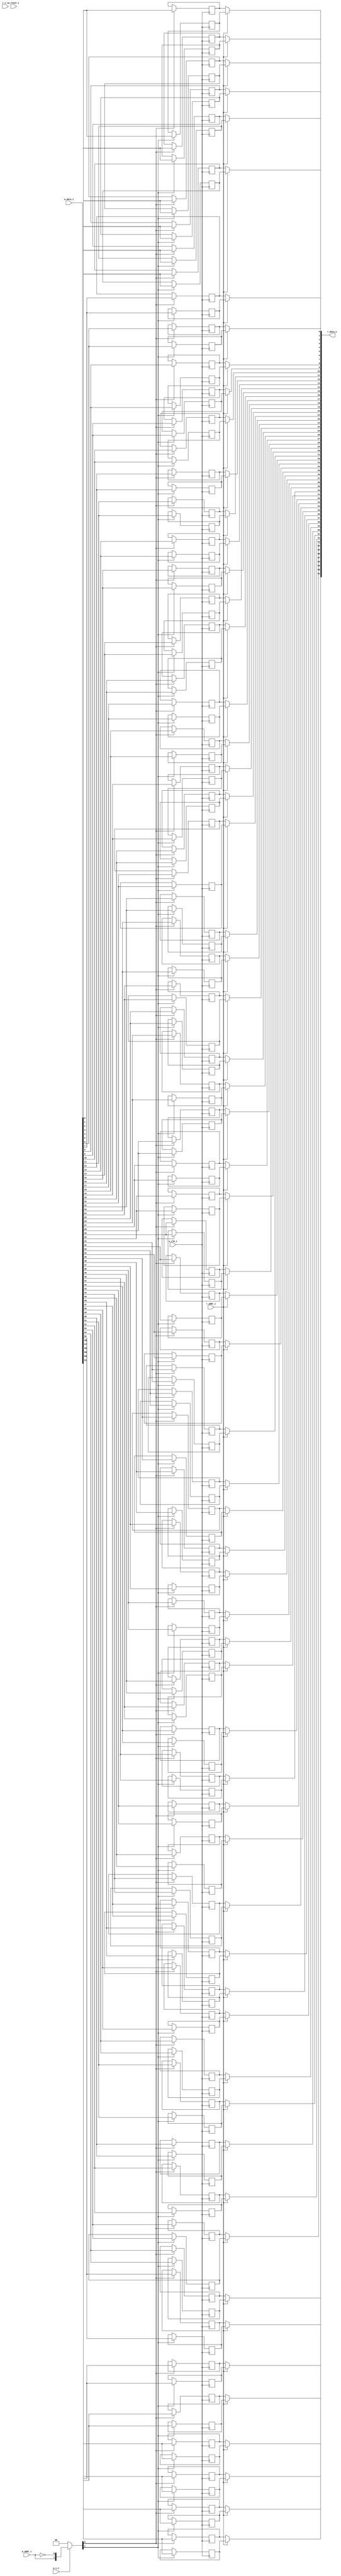
module bsg_mem_1r1w_synth_width_p62_els_p2_read_write_same_addr_p1_harden_p0
(
  w_clk_i,
  w_reset_i,
  w_v_i,
  w_addr_i,
  w_data_i,
  r_v_i,
  r_addr_i,
  r_data_o
);

  input [0:0] w_addr_i;
  input [61:0] w_data_i;
  input [0:0] r_addr_i;
  output [61:0] r_data_o;
  input w_clk_i;
  input w_reset_i;
  input w_v_i;
  input r_v_i;
  wire [61:0] r_data_o;
  wire N0,N1,N2,N3,N4,N5,N7,N8;
  wire [123:0] mem;
  reg mem_123_sv2v_reg,mem_122_sv2v_reg,mem_121_sv2v_reg,mem_120_sv2v_reg,
  mem_119_sv2v_reg,mem_118_sv2v_reg,mem_117_sv2v_reg,mem_116_sv2v_reg,mem_115_sv2v_reg,
  mem_114_sv2v_reg,mem_113_sv2v_reg,mem_112_sv2v_reg,mem_111_sv2v_reg,mem_110_sv2v_reg,
  mem_109_sv2v_reg,mem_108_sv2v_reg,mem_107_sv2v_reg,mem_106_sv2v_reg,
  mem_105_sv2v_reg,mem_104_sv2v_reg,mem_103_sv2v_reg,mem_102_sv2v_reg,mem_101_sv2v_reg,
  mem_100_sv2v_reg,mem_99_sv2v_reg,mem_98_sv2v_reg,mem_97_sv2v_reg,mem_96_sv2v_reg,
  mem_95_sv2v_reg,mem_94_sv2v_reg,mem_93_sv2v_reg,mem_92_sv2v_reg,mem_91_sv2v_reg,
  mem_90_sv2v_reg,mem_89_sv2v_reg,mem_88_sv2v_reg,mem_87_sv2v_reg,mem_86_sv2v_reg,
  mem_85_sv2v_reg,mem_84_sv2v_reg,mem_83_sv2v_reg,mem_82_sv2v_reg,mem_81_sv2v_reg,
  mem_80_sv2v_reg,mem_79_sv2v_reg,mem_78_sv2v_reg,mem_77_sv2v_reg,mem_76_sv2v_reg,
  mem_75_sv2v_reg,mem_74_sv2v_reg,mem_73_sv2v_reg,mem_72_sv2v_reg,mem_71_sv2v_reg,
  mem_70_sv2v_reg,mem_69_sv2v_reg,mem_68_sv2v_reg,mem_67_sv2v_reg,mem_66_sv2v_reg,
  mem_65_sv2v_reg,mem_64_sv2v_reg,mem_63_sv2v_reg,mem_62_sv2v_reg,mem_61_sv2v_reg,
  mem_60_sv2v_reg,mem_59_sv2v_reg,mem_58_sv2v_reg,mem_57_sv2v_reg,mem_56_sv2v_reg,
  mem_55_sv2v_reg,mem_54_sv2v_reg,mem_53_sv2v_reg,mem_52_sv2v_reg,mem_51_sv2v_reg,
  mem_50_sv2v_reg,mem_49_sv2v_reg,mem_48_sv2v_reg,mem_47_sv2v_reg,mem_46_sv2v_reg,
  mem_45_sv2v_reg,mem_44_sv2v_reg,mem_43_sv2v_reg,mem_42_sv2v_reg,mem_41_sv2v_reg,
  mem_40_sv2v_reg,mem_39_sv2v_reg,mem_38_sv2v_reg,mem_37_sv2v_reg,mem_36_sv2v_reg,
  mem_35_sv2v_reg,mem_34_sv2v_reg,mem_33_sv2v_reg,mem_32_sv2v_reg,mem_31_sv2v_reg,
  mem_30_sv2v_reg,mem_29_sv2v_reg,mem_28_sv2v_reg,mem_27_sv2v_reg,mem_26_sv2v_reg,
  mem_25_sv2v_reg,mem_24_sv2v_reg,mem_23_sv2v_reg,mem_22_sv2v_reg,mem_21_sv2v_reg,
  mem_20_sv2v_reg,mem_19_sv2v_reg,mem_18_sv2v_reg,mem_17_sv2v_reg,mem_16_sv2v_reg,
  mem_15_sv2v_reg,mem_14_sv2v_reg,mem_13_sv2v_reg,mem_12_sv2v_reg,mem_11_sv2v_reg,
  mem_10_sv2v_reg,mem_9_sv2v_reg,mem_8_sv2v_reg,mem_7_sv2v_reg,mem_6_sv2v_reg,
  mem_5_sv2v_reg,mem_4_sv2v_reg,mem_3_sv2v_reg,mem_2_sv2v_reg,mem_1_sv2v_reg,mem_0_sv2v_reg;
  assign mem[123] = mem_123_sv2v_reg;
  assign mem[122] = mem_122_sv2v_reg;
  assign mem[121] = mem_121_sv2v_reg;
  assign mem[120] = mem_120_sv2v_reg;
  assign mem[119] = mem_119_sv2v_reg;
  assign mem[118] = mem_118_sv2v_reg;
  assign mem[117] = mem_117_sv2v_reg;
  assign mem[116] = mem_116_sv2v_reg;
  assign mem[115] = mem_115_sv2v_reg;
  assign mem[114] = mem_114_sv2v_reg;
  assign mem[113] = mem_113_sv2v_reg;
  assign mem[112] = mem_112_sv2v_reg;
  assign mem[111] = mem_111_sv2v_reg;
  assign mem[110] = mem_110_sv2v_reg;
  assign mem[109] = mem_109_sv2v_reg;
  assign mem[108] = mem_108_sv2v_reg;
  assign mem[107] = mem_107_sv2v_reg;
  assign mem[106] = mem_106_sv2v_reg;
  assign mem[105] = mem_105_sv2v_reg;
  assign mem[104] = mem_104_sv2v_reg;
  assign mem[103] = mem_103_sv2v_reg;
  assign mem[102] = mem_102_sv2v_reg;
  assign mem[101] = mem_101_sv2v_reg;
  assign mem[100] = mem_100_sv2v_reg;
  assign mem[99] = mem_99_sv2v_reg;
  assign mem[98] = mem_98_sv2v_reg;
  assign mem[97] = mem_97_sv2v_reg;
  assign mem[96] = mem_96_sv2v_reg;
  assign mem[95] = mem_95_sv2v_reg;
  assign mem[94] = mem_94_sv2v_reg;
  assign mem[93] = mem_93_sv2v_reg;
  assign mem[92] = mem_92_sv2v_reg;
  assign mem[91] = mem_91_sv2v_reg;
  assign mem[90] = mem_90_sv2v_reg;
  assign mem[89] = mem_89_sv2v_reg;
  assign mem[88] = mem_88_sv2v_reg;
  assign mem[87] = mem_87_sv2v_reg;
  assign mem[86] = mem_86_sv2v_reg;
  assign mem[85] = mem_85_sv2v_reg;
  assign mem[84] = mem_84_sv2v_reg;
  assign mem[83] = mem_83_sv2v_reg;
  assign mem[82] = mem_82_sv2v_reg;
  assign mem[81] = mem_81_sv2v_reg;
  assign mem[80] = mem_80_sv2v_reg;
  assign mem[79] = mem_79_sv2v_reg;
  assign mem[78] = mem_78_sv2v_reg;
  assign mem[77] = mem_77_sv2v_reg;
  assign mem[76] = mem_76_sv2v_reg;
  assign mem[75] = mem_75_sv2v_reg;
  assign mem[74] = mem_74_sv2v_reg;
  assign mem[73] = mem_73_sv2v_reg;
  assign mem[72] = mem_72_sv2v_reg;
  assign mem[71] = mem_71_sv2v_reg;
  assign mem[70] = mem_70_sv2v_reg;
  assign mem[69] = mem_69_sv2v_reg;
  assign mem[68] = mem_68_sv2v_reg;
  assign mem[67] = mem_67_sv2v_reg;
  assign mem[66] = mem_66_sv2v_reg;
  assign mem[65] = mem_65_sv2v_reg;
  assign mem[64] = mem_64_sv2v_reg;
  assign mem[63] = mem_63_sv2v_reg;
  assign mem[62] = mem_62_sv2v_reg;
  assign mem[61] = mem_61_sv2v_reg;
  assign mem[60] = mem_60_sv2v_reg;
  assign mem[59] = mem_59_sv2v_reg;
  assign mem[58] = mem_58_sv2v_reg;
  assign mem[57] = mem_57_sv2v_reg;
  assign mem[56] = mem_56_sv2v_reg;
  assign mem[55] = mem_55_sv2v_reg;
  assign mem[54] = mem_54_sv2v_reg;
  assign mem[53] = mem_53_sv2v_reg;
  assign mem[52] = mem_52_sv2v_reg;
  assign mem[51] = mem_51_sv2v_reg;
  assign mem[50] = mem_50_sv2v_reg;
  assign mem[49] = mem_49_sv2v_reg;
  assign mem[48] = mem_48_sv2v_reg;
  assign mem[47] = mem_47_sv2v_reg;
  assign mem[46] = mem_46_sv2v_reg;
  assign mem[45] = mem_45_sv2v_reg;
  assign mem[44] = mem_44_sv2v_reg;
  assign mem[43] = mem_43_sv2v_reg;
  assign mem[42] = mem_42_sv2v_reg;
  assign mem[41] = mem_41_sv2v_reg;
  assign mem[40] = mem_40_sv2v_reg;
  assign mem[39] = mem_39_sv2v_reg;
  assign mem[38] = mem_38_sv2v_reg;
  assign mem[37] = mem_37_sv2v_reg;
  assign mem[36] = mem_36_sv2v_reg;
  assign mem[35] = mem_35_sv2v_reg;
  assign mem[34] = mem_34_sv2v_reg;
  assign mem[33] = mem_33_sv2v_reg;
  assign mem[32] = mem_32_sv2v_reg;
  assign mem[31] = mem_31_sv2v_reg;
  assign mem[30] = mem_30_sv2v_reg;
  assign mem[29] = mem_29_sv2v_reg;
  assign mem[28] = mem_28_sv2v_reg;
  assign mem[27] = mem_27_sv2v_reg;
  assign mem[26] = mem_26_sv2v_reg;
  assign mem[25] = mem_25_sv2v_reg;
  assign mem[24] = mem_24_sv2v_reg;
  assign mem[23] = mem_23_sv2v_reg;
  assign mem[22] = mem_22_sv2v_reg;
  assign mem[21] = mem_21_sv2v_reg;
  assign mem[20] = mem_20_sv2v_reg;
  assign mem[19] = mem_19_sv2v_reg;
  assign mem[18] = mem_18_sv2v_reg;
  assign mem[17] = mem_17_sv2v_reg;
  assign mem[16] = mem_16_sv2v_reg;
  assign mem[15] = mem_15_sv2v_reg;
  assign mem[14] = mem_14_sv2v_reg;
  assign mem[13] = mem_13_sv2v_reg;
  assign mem[12] = mem_12_sv2v_reg;
  assign mem[11] = mem_11_sv2v_reg;
  assign mem[10] = mem_10_sv2v_reg;
  assign mem[9] = mem_9_sv2v_reg;
  assign mem[8] = mem_8_sv2v_reg;
  assign mem[7] = mem_7_sv2v_reg;
  assign mem[6] = mem_6_sv2v_reg;
  assign mem[5] = mem_5_sv2v_reg;
  assign mem[4] = mem_4_sv2v_reg;
  assign mem[3] = mem_3_sv2v_reg;
  assign mem[2] = mem_2_sv2v_reg;
  assign mem[1] = mem_1_sv2v_reg;
  assign mem[0] = mem_0_sv2v_reg;
  assign r_data_o[61] = (N3)? mem[61] : 
                        (N0)? mem[123] : 1'b0;
  assign N0 = r_addr_i[0];
  assign r_data_o[60] = (N3)? mem[60] : 
                        (N0)? mem[122] : 1'b0;
  assign r_data_o[59] = (N3)? mem[59] : 
                        (N0)? mem[121] : 1'b0;
  assign r_data_o[58] = (N3)? mem[58] : 
                        (N0)? mem[120] : 1'b0;
  assign r_data_o[57] = (N3)? mem[57] : 
                        (N0)? mem[119] : 1'b0;
  assign r_data_o[56] = (N3)? mem[56] : 
                        (N0)? mem[118] : 1'b0;
  assign r_data_o[55] = (N3)? mem[55] : 
                        (N0)? mem[117] : 1'b0;
  assign r_data_o[54] = (N3)? mem[54] : 
                        (N0)? mem[116] : 1'b0;
  assign r_data_o[53] = (N3)? mem[53] : 
                        (N0)? mem[115] : 1'b0;
  assign r_data_o[52] = (N3)? mem[52] : 
                        (N0)? mem[114] : 1'b0;
  assign r_data_o[51] = (N3)? mem[51] : 
                        (N0)? mem[113] : 1'b0;
  assign r_data_o[50] = (N3)? mem[50] : 
                        (N0)? mem[112] : 1'b0;
  assign r_data_o[49] = (N3)? mem[49] : 
                        (N0)? mem[111] : 1'b0;
  assign r_data_o[48] = (N3)? mem[48] : 
                        (N0)? mem[110] : 1'b0;
  assign r_data_o[47] = (N3)? mem[47] : 
                        (N0)? mem[109] : 1'b0;
  assign r_data_o[46] = (N3)? mem[46] : 
                        (N0)? mem[108] : 1'b0;
  assign r_data_o[45] = (N3)? mem[45] : 
                        (N0)? mem[107] : 1'b0;
  assign r_data_o[44] = (N3)? mem[44] : 
                        (N0)? mem[106] : 1'b0;
  assign r_data_o[43] = (N3)? mem[43] : 
                        (N0)? mem[105] : 1'b0;
  assign r_data_o[42] = (N3)? mem[42] : 
                        (N0)? mem[104] : 1'b0;
  assign r_data_o[41] = (N3)? mem[41] : 
                        (N0)? mem[103] : 1'b0;
  assign r_data_o[40] = (N3)? mem[40] : 
                        (N0)? mem[102] : 1'b0;
  assign r_data_o[39] = (N3)? mem[39] : 
                        (N0)? mem[101] : 1'b0;
  assign r_data_o[38] = (N3)? mem[38] : 
                        (N0)? mem[100] : 1'b0;
  assign r_data_o[37] = (N3)? mem[37] : 
                        (N0)? mem[99] : 1'b0;
  assign r_data_o[36] = (N3)? mem[36] : 
                        (N0)? mem[98] : 1'b0;
  assign r_data_o[35] = (N3)? mem[35] : 
                        (N0)? mem[97] : 1'b0;
  assign r_data_o[34] = (N3)? mem[34] : 
                        (N0)? mem[96] : 1'b0;
  assign r_data_o[33] = (N3)? mem[33] : 
                        (N0)? mem[95] : 1'b0;
  assign r_data_o[32] = (N3)? mem[32] : 
                        (N0)? mem[94] : 1'b0;
  assign r_data_o[31] = (N3)? mem[31] : 
                        (N0)? mem[93] : 1'b0;
  assign r_data_o[30] = (N3)? mem[30] : 
                        (N0)? mem[92] : 1'b0;
  assign r_data_o[29] = (N3)? mem[29] : 
                        (N0)? mem[91] : 1'b0;
  assign r_data_o[28] = (N3)? mem[28] : 
                        (N0)? mem[90] : 1'b0;
  assign r_data_o[27] = (N3)? mem[27] : 
                        (N0)? mem[89] : 1'b0;
  assign r_data_o[26] = (N3)? mem[26] : 
                        (N0)? mem[88] : 1'b0;
  assign r_data_o[25] = (N3)? mem[25] : 
                        (N0)? mem[87] : 1'b0;
  assign r_data_o[24] = (N3)? mem[24] : 
                        (N0)? mem[86] : 1'b0;
  assign r_data_o[23] = (N3)? mem[23] : 
                        (N0)? mem[85] : 1'b0;
  assign r_data_o[22] = (N3)? mem[22] : 
                        (N0)? mem[84] : 1'b0;
  assign r_data_o[21] = (N3)? mem[21] : 
                        (N0)? mem[83] : 1'b0;
  assign r_data_o[20] = (N3)? mem[20] : 
                        (N0)? mem[82] : 1'b0;
  assign r_data_o[19] = (N3)? mem[19] : 
                        (N0)? mem[81] : 1'b0;
  assign r_data_o[18] = (N3)? mem[18] : 
                        (N0)? mem[80] : 1'b0;
  assign r_data_o[17] = (N3)? mem[17] : 
                        (N0)? mem[79] : 1'b0;
  assign r_data_o[16] = (N3)? mem[16] : 
                        (N0)? mem[78] : 1'b0;
  assign r_data_o[15] = (N3)? mem[15] : 
                        (N0)? mem[77] : 1'b0;
  assign r_data_o[14] = (N3)? mem[14] : 
                        (N0)? mem[76] : 1'b0;
  assign r_data_o[13] = (N3)? mem[13] : 
                        (N0)? mem[75] : 1'b0;
  assign r_data_o[12] = (N3)? mem[12] : 
                        (N0)? mem[74] : 1'b0;
  assign r_data_o[11] = (N3)? mem[11] : 
                        (N0)? mem[73] : 1'b0;
  assign r_data_o[10] = (N3)? mem[10] : 
                        (N0)? mem[72] : 1'b0;
  assign r_data_o[9] = (N3)? mem[9] : 
                       (N0)? mem[71] : 1'b0;
  assign r_data_o[8] = (N3)? mem[8] : 
                       (N0)? mem[70] : 1'b0;
  assign r_data_o[7] = (N3)? mem[7] : 
                       (N0)? mem[69] : 1'b0;
  assign r_data_o[6] = (N3)? mem[6] : 
                       (N0)? mem[68] : 1'b0;
  assign r_data_o[5] = (N3)? mem[5] : 
                       (N0)? mem[67] : 1'b0;
  assign r_data_o[4] = (N3)? mem[4] : 
                       (N0)? mem[66] : 1'b0;
  assign r_data_o[3] = (N3)? mem[3] : 
                       (N0)? mem[65] : 1'b0;
  assign r_data_o[2] = (N3)? mem[2] : 
                       (N0)? mem[64] : 1'b0;
  assign r_data_o[1] = (N3)? mem[1] : 
                       (N0)? mem[63] : 1'b0;
  assign r_data_o[0] = (N3)? mem[0] : 
                       (N0)? mem[62] : 1'b0;

  always @(posedge w_clk_i) begin
    if(N8) begin
      mem_123_sv2v_reg <= w_data_i[61];
    end 
  end


  always @(posedge w_clk_i) begin
    if(N8) begin
      mem_122_sv2v_reg <= w_data_i[60];
    end 
  end


  always @(posedge w_clk_i) begin
    if(N8) begin
      mem_121_sv2v_reg <= w_data_i[59];
    end 
  end


  always @(posedge w_clk_i) begin
    if(N8) begin
      mem_120_sv2v_reg <= w_data_i[58];
    end 
  end


  always @(posedge w_clk_i) begin
    if(N8) begin
      mem_119_sv2v_reg <= w_data_i[57];
    end 
  end


  always @(posedge w_clk_i) begin
    if(N8) begin
      mem_118_sv2v_reg <= w_data_i[56];
    end 
  end


  always @(posedge w_clk_i) begin
    if(N8) begin
      mem_117_sv2v_reg <= w_data_i[55];
    end 
  end


  always @(posedge w_clk_i) begin
    if(N8) begin
      mem_116_sv2v_reg <= w_data_i[54];
    end 
  end


  always @(posedge w_clk_i) begin
    if(N8) begin
      mem_115_sv2v_reg <= w_data_i[53];
    end 
  end


  always @(posedge w_clk_i) begin
    if(N8) begin
      mem_114_sv2v_reg <= w_data_i[52];
    end 
  end


  always @(posedge w_clk_i) begin
    if(N8) begin
      mem_113_sv2v_reg <= w_data_i[51];
    end 
  end


  always @(posedge w_clk_i) begin
    if(N8) begin
      mem_112_sv2v_reg <= w_data_i[50];
    end 
  end


  always @(posedge w_clk_i) begin
    if(N8) begin
      mem_111_sv2v_reg <= w_data_i[49];
    end 
  end


  always @(posedge w_clk_i) begin
    if(N8) begin
      mem_110_sv2v_reg <= w_data_i[48];
    end 
  end


  always @(posedge w_clk_i) begin
    if(N8) begin
      mem_109_sv2v_reg <= w_data_i[47];
    end 
  end


  always @(posedge w_clk_i) begin
    if(N8) begin
      mem_108_sv2v_reg <= w_data_i[46];
    end 
  end


  always @(posedge w_clk_i) begin
    if(N8) begin
      mem_107_sv2v_reg <= w_data_i[45];
    end 
  end


  always @(posedge w_clk_i) begin
    if(N8) begin
      mem_106_sv2v_reg <= w_data_i[44];
    end 
  end


  always @(posedge w_clk_i) begin
    if(N8) begin
      mem_105_sv2v_reg <= w_data_i[43];
    end 
  end


  always @(posedge w_clk_i) begin
    if(N8) begin
      mem_104_sv2v_reg <= w_data_i[42];
    end 
  end


  always @(posedge w_clk_i) begin
    if(N8) begin
      mem_103_sv2v_reg <= w_data_i[41];
    end 
  end


  always @(posedge w_clk_i) begin
    if(N8) begin
      mem_102_sv2v_reg <= w_data_i[40];
    end 
  end


  always @(posedge w_clk_i) begin
    if(N8) begin
      mem_101_sv2v_reg <= w_data_i[39];
    end 
  end


  always @(posedge w_clk_i) begin
    if(N8) begin
      mem_100_sv2v_reg <= w_data_i[38];
    end 
  end


  always @(posedge w_clk_i) begin
    if(N8) begin
      mem_99_sv2v_reg <= w_data_i[37];
    end 
  end


  always @(posedge w_clk_i) begin
    if(N8) begin
      mem_98_sv2v_reg <= w_data_i[36];
    end 
  end


  always @(posedge w_clk_i) begin
    if(N8) begin
      mem_97_sv2v_reg <= w_data_i[35];
    end 
  end


  always @(posedge w_clk_i) begin
    if(N8) begin
      mem_96_sv2v_reg <= w_data_i[34];
    end 
  end


  always @(posedge w_clk_i) begin
    if(N8) begin
      mem_95_sv2v_reg <= w_data_i[33];
    end 
  end


  always @(posedge w_clk_i) begin
    if(N8) begin
      mem_94_sv2v_reg <= w_data_i[32];
    end 
  end


  always @(posedge w_clk_i) begin
    if(N8) begin
      mem_93_sv2v_reg <= w_data_i[31];
    end 
  end


  always @(posedge w_clk_i) begin
    if(N8) begin
      mem_92_sv2v_reg <= w_data_i[30];
    end 
  end


  always @(posedge w_clk_i) begin
    if(N8) begin
      mem_91_sv2v_reg <= w_data_i[29];
    end 
  end


  always @(posedge w_clk_i) begin
    if(N8) begin
      mem_90_sv2v_reg <= w_data_i[28];
    end 
  end


  always @(posedge w_clk_i) begin
    if(N8) begin
      mem_89_sv2v_reg <= w_data_i[27];
    end 
  end


  always @(posedge w_clk_i) begin
    if(N8) begin
      mem_88_sv2v_reg <= w_data_i[26];
    end 
  end


  always @(posedge w_clk_i) begin
    if(N8) begin
      mem_87_sv2v_reg <= w_data_i[25];
    end 
  end


  always @(posedge w_clk_i) begin
    if(N8) begin
      mem_86_sv2v_reg <= w_data_i[24];
    end 
  end


  always @(posedge w_clk_i) begin
    if(N8) begin
      mem_85_sv2v_reg <= w_data_i[23];
    end 
  end


  always @(posedge w_clk_i) begin
    if(N8) begin
      mem_84_sv2v_reg <= w_data_i[22];
    end 
  end


  always @(posedge w_clk_i) begin
    if(N8) begin
      mem_83_sv2v_reg <= w_data_i[21];
    end 
  end


  always @(posedge w_clk_i) begin
    if(N8) begin
      mem_82_sv2v_reg <= w_data_i[20];
    end 
  end


  always @(posedge w_clk_i) begin
    if(N8) begin
      mem_81_sv2v_reg <= w_data_i[19];
    end 
  end


  always @(posedge w_clk_i) begin
    if(N8) begin
      mem_80_sv2v_reg <= w_data_i[18];
    end 
  end


  always @(posedge w_clk_i) begin
    if(N8) begin
      mem_79_sv2v_reg <= w_data_i[17];
    end 
  end


  always @(posedge w_clk_i) begin
    if(N8) begin
      mem_78_sv2v_reg <= w_data_i[16];
    end 
  end


  always @(posedge w_clk_i) begin
    if(N8) begin
      mem_77_sv2v_reg <= w_data_i[15];
    end 
  end


  always @(posedge w_clk_i) begin
    if(N8) begin
      mem_76_sv2v_reg <= w_data_i[14];
    end 
  end


  always @(posedge w_clk_i) begin
    if(N8) begin
      mem_75_sv2v_reg <= w_data_i[13];
    end 
  end


  always @(posedge w_clk_i) begin
    if(N8) begin
      mem_74_sv2v_reg <= w_data_i[12];
    end 
  end


  always @(posedge w_clk_i) begin
    if(N8) begin
      mem_73_sv2v_reg <= w_data_i[11];
    end 
  end


  always @(posedge w_clk_i) begin
    if(N8) begin
      mem_72_sv2v_reg <= w_data_i[10];
    end 
  end


  always @(posedge w_clk_i) begin
    if(N8) begin
      mem_71_sv2v_reg <= w_data_i[9];
    end 
  end


  always @(posedge w_clk_i) begin
    if(N8) begin
      mem_70_sv2v_reg <= w_data_i[8];
    end 
  end


  always @(posedge w_clk_i) begin
    if(N8) begin
      mem_69_sv2v_reg <= w_data_i[7];
    end 
  end


  always @(posedge w_clk_i) begin
    if(N8) begin
      mem_68_sv2v_reg <= w_data_i[6];
    end 
  end


  always @(posedge w_clk_i) begin
    if(N8) begin
      mem_67_sv2v_reg <= w_data_i[5];
    end 
  end


  always @(posedge w_clk_i) begin
    if(N8) begin
      mem_66_sv2v_reg <= w_data_i[4];
    end 
  end


  always @(posedge w_clk_i) begin
    if(N8) begin
      mem_65_sv2v_reg <= w_data_i[3];
    end 
  end


  always @(posedge w_clk_i) begin
    if(N8) begin
      mem_64_sv2v_reg <= w_data_i[2];
    end 
  end


  always @(posedge w_clk_i) begin
    if(N8) begin
      mem_63_sv2v_reg <= w_data_i[1];
    end 
  end


  always @(posedge w_clk_i) begin
    if(N8) begin
      mem_62_sv2v_reg <= w_data_i[0];
    end 
  end


  always @(posedge w_clk_i) begin
    if(N7) begin
      mem_61_sv2v_reg <= w_data_i[61];
    end 
  end


  always @(posedge w_clk_i) begin
    if(N7) begin
      mem_60_sv2v_reg <= w_data_i[60];
    end 
  end


  always @(posedge w_clk_i) begin
    if(N7) begin
      mem_59_sv2v_reg <= w_data_i[59];
    end 
  end


  always @(posedge w_clk_i) begin
    if(N7) begin
      mem_58_sv2v_reg <= w_data_i[58];
    end 
  end


  always @(posedge w_clk_i) begin
    if(N7) begin
      mem_57_sv2v_reg <= w_data_i[57];
    end 
  end


  always @(posedge w_clk_i) begin
    if(N7) begin
      mem_56_sv2v_reg <= w_data_i[56];
    end 
  end


  always @(posedge w_clk_i) begin
    if(N7) begin
      mem_55_sv2v_reg <= w_data_i[55];
    end 
  end


  always @(posedge w_clk_i) begin
    if(N7) begin
      mem_54_sv2v_reg <= w_data_i[54];
    end 
  end


  always @(posedge w_clk_i) begin
    if(N7) begin
      mem_53_sv2v_reg <= w_data_i[53];
    end 
  end


  always @(posedge w_clk_i) begin
    if(N7) begin
      mem_52_sv2v_reg <= w_data_i[52];
    end 
  end


  always @(posedge w_clk_i) begin
    if(N7) begin
      mem_51_sv2v_reg <= w_data_i[51];
    end 
  end


  always @(posedge w_clk_i) begin
    if(N7) begin
      mem_50_sv2v_reg <= w_data_i[50];
    end 
  end


  always @(posedge w_clk_i) begin
    if(N7) begin
      mem_49_sv2v_reg <= w_data_i[49];
    end 
  end


  always @(posedge w_clk_i) begin
    if(N7) begin
      mem_48_sv2v_reg <= w_data_i[48];
    end 
  end


  always @(posedge w_clk_i) begin
    if(N7) begin
      mem_47_sv2v_reg <= w_data_i[47];
    end 
  end


  always @(posedge w_clk_i) begin
    if(N7) begin
      mem_46_sv2v_reg <= w_data_i[46];
    end 
  end


  always @(posedge w_clk_i) begin
    if(N7) begin
      mem_45_sv2v_reg <= w_data_i[45];
    end 
  end


  always @(posedge w_clk_i) begin
    if(N7) begin
      mem_44_sv2v_reg <= w_data_i[44];
    end 
  end


  always @(posedge w_clk_i) begin
    if(N7) begin
      mem_43_sv2v_reg <= w_data_i[43];
    end 
  end


  always @(posedge w_clk_i) begin
    if(N7) begin
      mem_42_sv2v_reg <= w_data_i[42];
    end 
  end


  always @(posedge w_clk_i) begin
    if(N7) begin
      mem_41_sv2v_reg <= w_data_i[41];
    end 
  end


  always @(posedge w_clk_i) begin
    if(N7) begin
      mem_40_sv2v_reg <= w_data_i[40];
    end 
  end


  always @(posedge w_clk_i) begin
    if(N7) begin
      mem_39_sv2v_reg <= w_data_i[39];
    end 
  end


  always @(posedge w_clk_i) begin
    if(N7) begin
      mem_38_sv2v_reg <= w_data_i[38];
    end 
  end


  always @(posedge w_clk_i) begin
    if(N7) begin
      mem_37_sv2v_reg <= w_data_i[37];
    end 
  end


  always @(posedge w_clk_i) begin
    if(N7) begin
      mem_36_sv2v_reg <= w_data_i[36];
    end 
  end


  always @(posedge w_clk_i) begin
    if(N7) begin
      mem_35_sv2v_reg <= w_data_i[35];
    end 
  end


  always @(posedge w_clk_i) begin
    if(N7) begin
      mem_34_sv2v_reg <= w_data_i[34];
    end 
  end


  always @(posedge w_clk_i) begin
    if(N7) begin
      mem_33_sv2v_reg <= w_data_i[33];
    end 
  end


  always @(posedge w_clk_i) begin
    if(N7) begin
      mem_32_sv2v_reg <= w_data_i[32];
    end 
  end


  always @(posedge w_clk_i) begin
    if(N7) begin
      mem_31_sv2v_reg <= w_data_i[31];
    end 
  end


  always @(posedge w_clk_i) begin
    if(N7) begin
      mem_30_sv2v_reg <= w_data_i[30];
    end 
  end


  always @(posedge w_clk_i) begin
    if(N7) begin
      mem_29_sv2v_reg <= w_data_i[29];
    end 
  end


  always @(posedge w_clk_i) begin
    if(N7) begin
      mem_28_sv2v_reg <= w_data_i[28];
    end 
  end


  always @(posedge w_clk_i) begin
    if(N7) begin
      mem_27_sv2v_reg <= w_data_i[27];
    end 
  end


  always @(posedge w_clk_i) begin
    if(N7) begin
      mem_26_sv2v_reg <= w_data_i[26];
    end 
  end


  always @(posedge w_clk_i) begin
    if(N7) begin
      mem_25_sv2v_reg <= w_data_i[25];
    end 
  end


  always @(posedge w_clk_i) begin
    if(N7) begin
      mem_24_sv2v_reg <= w_data_i[24];
    end 
  end


  always @(posedge w_clk_i) begin
    if(N7) begin
      mem_23_sv2v_reg <= w_data_i[23];
    end 
  end


  always @(posedge w_clk_i) begin
    if(N7) begin
      mem_22_sv2v_reg <= w_data_i[22];
    end 
  end


  always @(posedge w_clk_i) begin
    if(N7) begin
      mem_21_sv2v_reg <= w_data_i[21];
    end 
  end


  always @(posedge w_clk_i) begin
    if(N7) begin
      mem_20_sv2v_reg <= w_data_i[20];
    end 
  end


  always @(posedge w_clk_i) begin
    if(N7) begin
      mem_19_sv2v_reg <= w_data_i[19];
    end 
  end


  always @(posedge w_clk_i) begin
    if(N7) begin
      mem_18_sv2v_reg <= w_data_i[18];
    end 
  end


  always @(posedge w_clk_i) begin
    if(N7) begin
      mem_17_sv2v_reg <= w_data_i[17];
    end 
  end


  always @(posedge w_clk_i) begin
    if(N7) begin
      mem_16_sv2v_reg <= w_data_i[16];
    end 
  end


  always @(posedge w_clk_i) begin
    if(N7) begin
      mem_15_sv2v_reg <= w_data_i[15];
    end 
  end


  always @(posedge w_clk_i) begin
    if(N7) begin
      mem_14_sv2v_reg <= w_data_i[14];
    end 
  end


  always @(posedge w_clk_i) begin
    if(N7) begin
      mem_13_sv2v_reg <= w_data_i[13];
    end 
  end


  always @(posedge w_clk_i) begin
    if(N7) begin
      mem_12_sv2v_reg <= w_data_i[12];
    end 
  end


  always @(posedge w_clk_i) begin
    if(N7) begin
      mem_11_sv2v_reg <= w_data_i[11];
    end 
  end


  always @(posedge w_clk_i) begin
    if(N7) begin
      mem_10_sv2v_reg <= w_data_i[10];
    end 
  end


  always @(posedge w_clk_i) begin
    if(N7) begin
      mem_9_sv2v_reg <= w_data_i[9];
    end 
  end


  always @(posedge w_clk_i) begin
    if(N7) begin
      mem_8_sv2v_reg <= w_data_i[8];
    end 
  end


  always @(posedge w_clk_i) begin
    if(N7) begin
      mem_7_sv2v_reg <= w_data_i[7];
    end 
  end


  always @(posedge w_clk_i) begin
    if(N7) begin
      mem_6_sv2v_reg <= w_data_i[6];
    end 
  end


  always @(posedge w_clk_i) begin
    if(N7) begin
      mem_5_sv2v_reg <= w_data_i[5];
    end 
  end


  always @(posedge w_clk_i) begin
    if(N7) begin
      mem_4_sv2v_reg <= w_data_i[4];
    end 
  end


  always @(posedge w_clk_i) begin
    if(N7) begin
      mem_3_sv2v_reg <= w_data_i[3];
    end 
  end


  always @(posedge w_clk_i) begin
    if(N7) begin
      mem_2_sv2v_reg <= w_data_i[2];
    end 
  end


  always @(posedge w_clk_i) begin
    if(N7) begin
      mem_1_sv2v_reg <= w_data_i[1];
    end 
  end


  always @(posedge w_clk_i) begin
    if(N7) begin
      mem_0_sv2v_reg <= w_data_i[0];
    end 
  end

  assign N5 = ~w_addr_i[0];
  assign { N8, N7 } = (N1)? { w_addr_i[0:0], N5 } : 
                      (N2)? { 1'b0, 1'b0 } : 1'b0;
  assign N1 = w_v_i;
  assign N2 = N4;
  assign N3 = ~r_addr_i[0];
  assign N4 = ~w_v_i;

endmodule